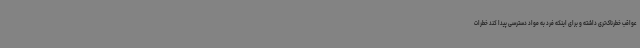
عواقب خطرناک‌تری داشته و برای اینکه فرد به مواد دسترسی پیدا کند خطرات